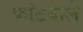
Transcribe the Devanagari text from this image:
फ्रांटवाले